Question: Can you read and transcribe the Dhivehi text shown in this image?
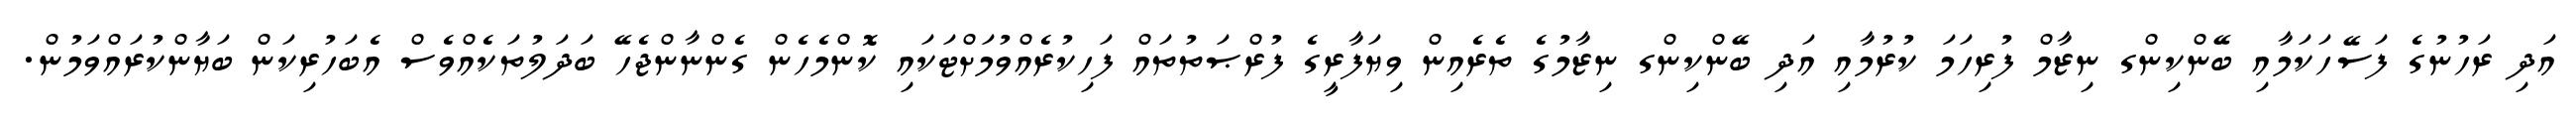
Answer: އަދި ރަހުނުގެ ފަސޭހަކަމާއި ބޭންކިންގ ނިޒާމް ފުރިހަމަ ކުރުމާއި އަދި ބޭންކިންގ ނިޒާމުގެ ތެރެއިން ވިޔަފާރީގެ ފުރްޞަތުތައް ފަހިކުރެއްވުމަށްޓަކައި ކޮންމެހެން ގެންނާންޖެހޭ ބަދަލުތަކެއްވެސް އެބަހުރިކަން ބަޔާންކުރައްވަމުން.